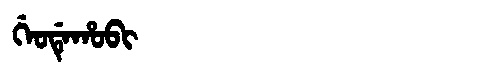
Manchu: ᡤᡝᠣᡩᡝᡥᠣᠪᡳ
Romanization: GEODEHOBI